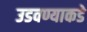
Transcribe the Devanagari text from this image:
उडवण्याकडे